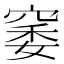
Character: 䆧